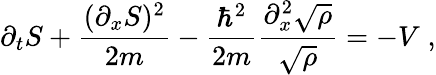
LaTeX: \partial_{t}S+\frac{(\partial_{x}S)^{2}}{2m}-\frac{\hbar^{2}}{2m}\frac{\partial_{x}^{2}\sqrt{\rho}}{\sqrt{\rho}}=-V\; ,